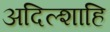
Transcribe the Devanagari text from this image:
अदिल्शाहि